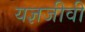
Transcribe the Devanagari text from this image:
यज्ञजीवी